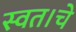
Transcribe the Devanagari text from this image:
स्वत।चे